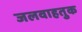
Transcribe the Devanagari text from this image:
जलवाहतुक